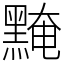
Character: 黤